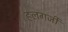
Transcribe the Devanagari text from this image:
हलगर्जी